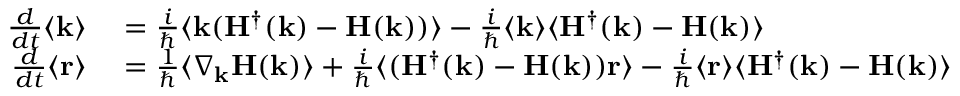
\begin{array} { r l } { \frac { d } { d t } \langle \mathbf { k } \rangle } & { { } = \frac { i } { \hbar } \langle \mathbf { k } ( \mathbf { H } ^ { \dagger } ( \mathbf { k } ) - \mathbf { H } ( \mathbf { k } ) ) \rangle - \frac { i } { \hbar } \langle \mathbf { k } \rangle \langle \mathbf { H } ^ { \dagger } ( \mathbf { k } ) - \mathbf { H } ( \mathbf { k } ) \rangle } \\ { \frac { d } { d t } \langle \mathbf { r } \rangle } & { { } = \frac { 1 } { \hbar } \langle \nabla _ { \mathbf { k } } \mathbf { H } ( \mathbf { k } ) \rangle + \frac { i } { \hbar } \langle ( \mathbf { H } ^ { \dagger } ( \mathbf { k } ) - \mathbf { H } ( \mathbf { k } ) ) \mathbf { r } \rangle - \frac { i } { \hbar } \langle \mathbf { r } \rangle \langle \mathbf { H } ^ { \dagger } ( \mathbf { k } ) - \mathbf { H } ( \mathbf { k } ) \rangle } \end{array}